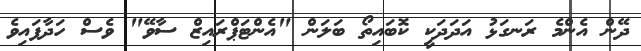
ދޭން އެންމެ ރަނގަޅު އަދަދަކީ ކޮބައިތޯ ބަލަން "އެންޓަޕްރައިޒް ސާވޭ" ވެސް ހަދާފައިވެ